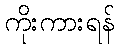
ကိုးကားရန်